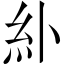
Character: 𫃚